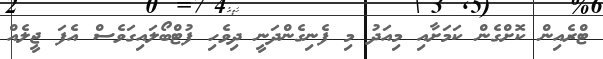
ޓްރެއިން ކޮށްގެން ކަމަށާއި މިއަދު މި ފެނިގެންދަނީ ދިވެހި ފުޓްބޯލައިގަވެސް އެފަ ޖީލެއް